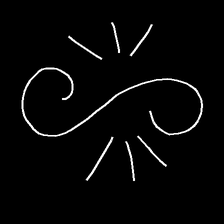
Glyph: wind-directs-air